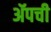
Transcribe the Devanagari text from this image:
ॲपची